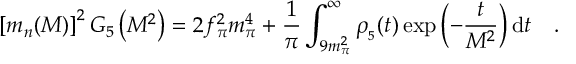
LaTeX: \left[ m _ { n } ( M ) \right] ^ { 2 } G _ { 5 } \left( M ^ { 2 } \right) = 2 f _ { \pi } ^ { 2 } m _ { \pi } ^ { 4 } + \frac { 1 } { \pi } \int _ { 9 m _ { \pi } ^ { 2 } } ^ { \infty } \rho _ { _ 5 } ( t ) \exp { \left( - \frac { t } { M ^ { 2 } } \right) } \, \mathrm { d } t \quad .